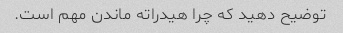
توضیح دهید که چرا هیدراته ماندن مهم است.